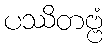
ပဿိတဗ္ဗံ